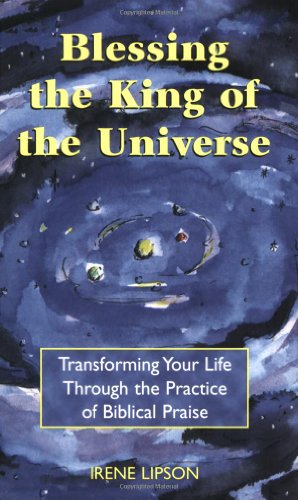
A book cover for Blessing the King of the Universe: Transforming Your Life Through the Practice of Biblical Praise; Irene Lipson; Christian Books & Bibles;